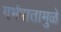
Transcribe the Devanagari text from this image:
गर्भपातामुळे